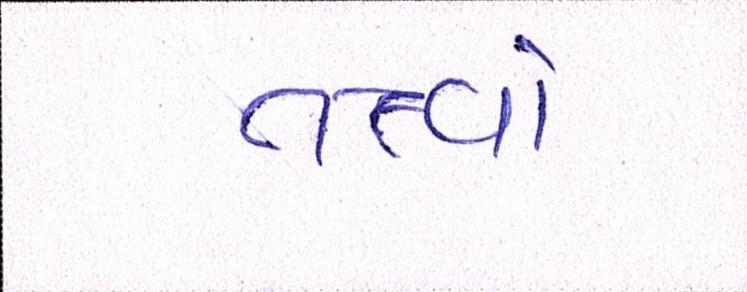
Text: તત્ત્વો